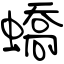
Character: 蟜